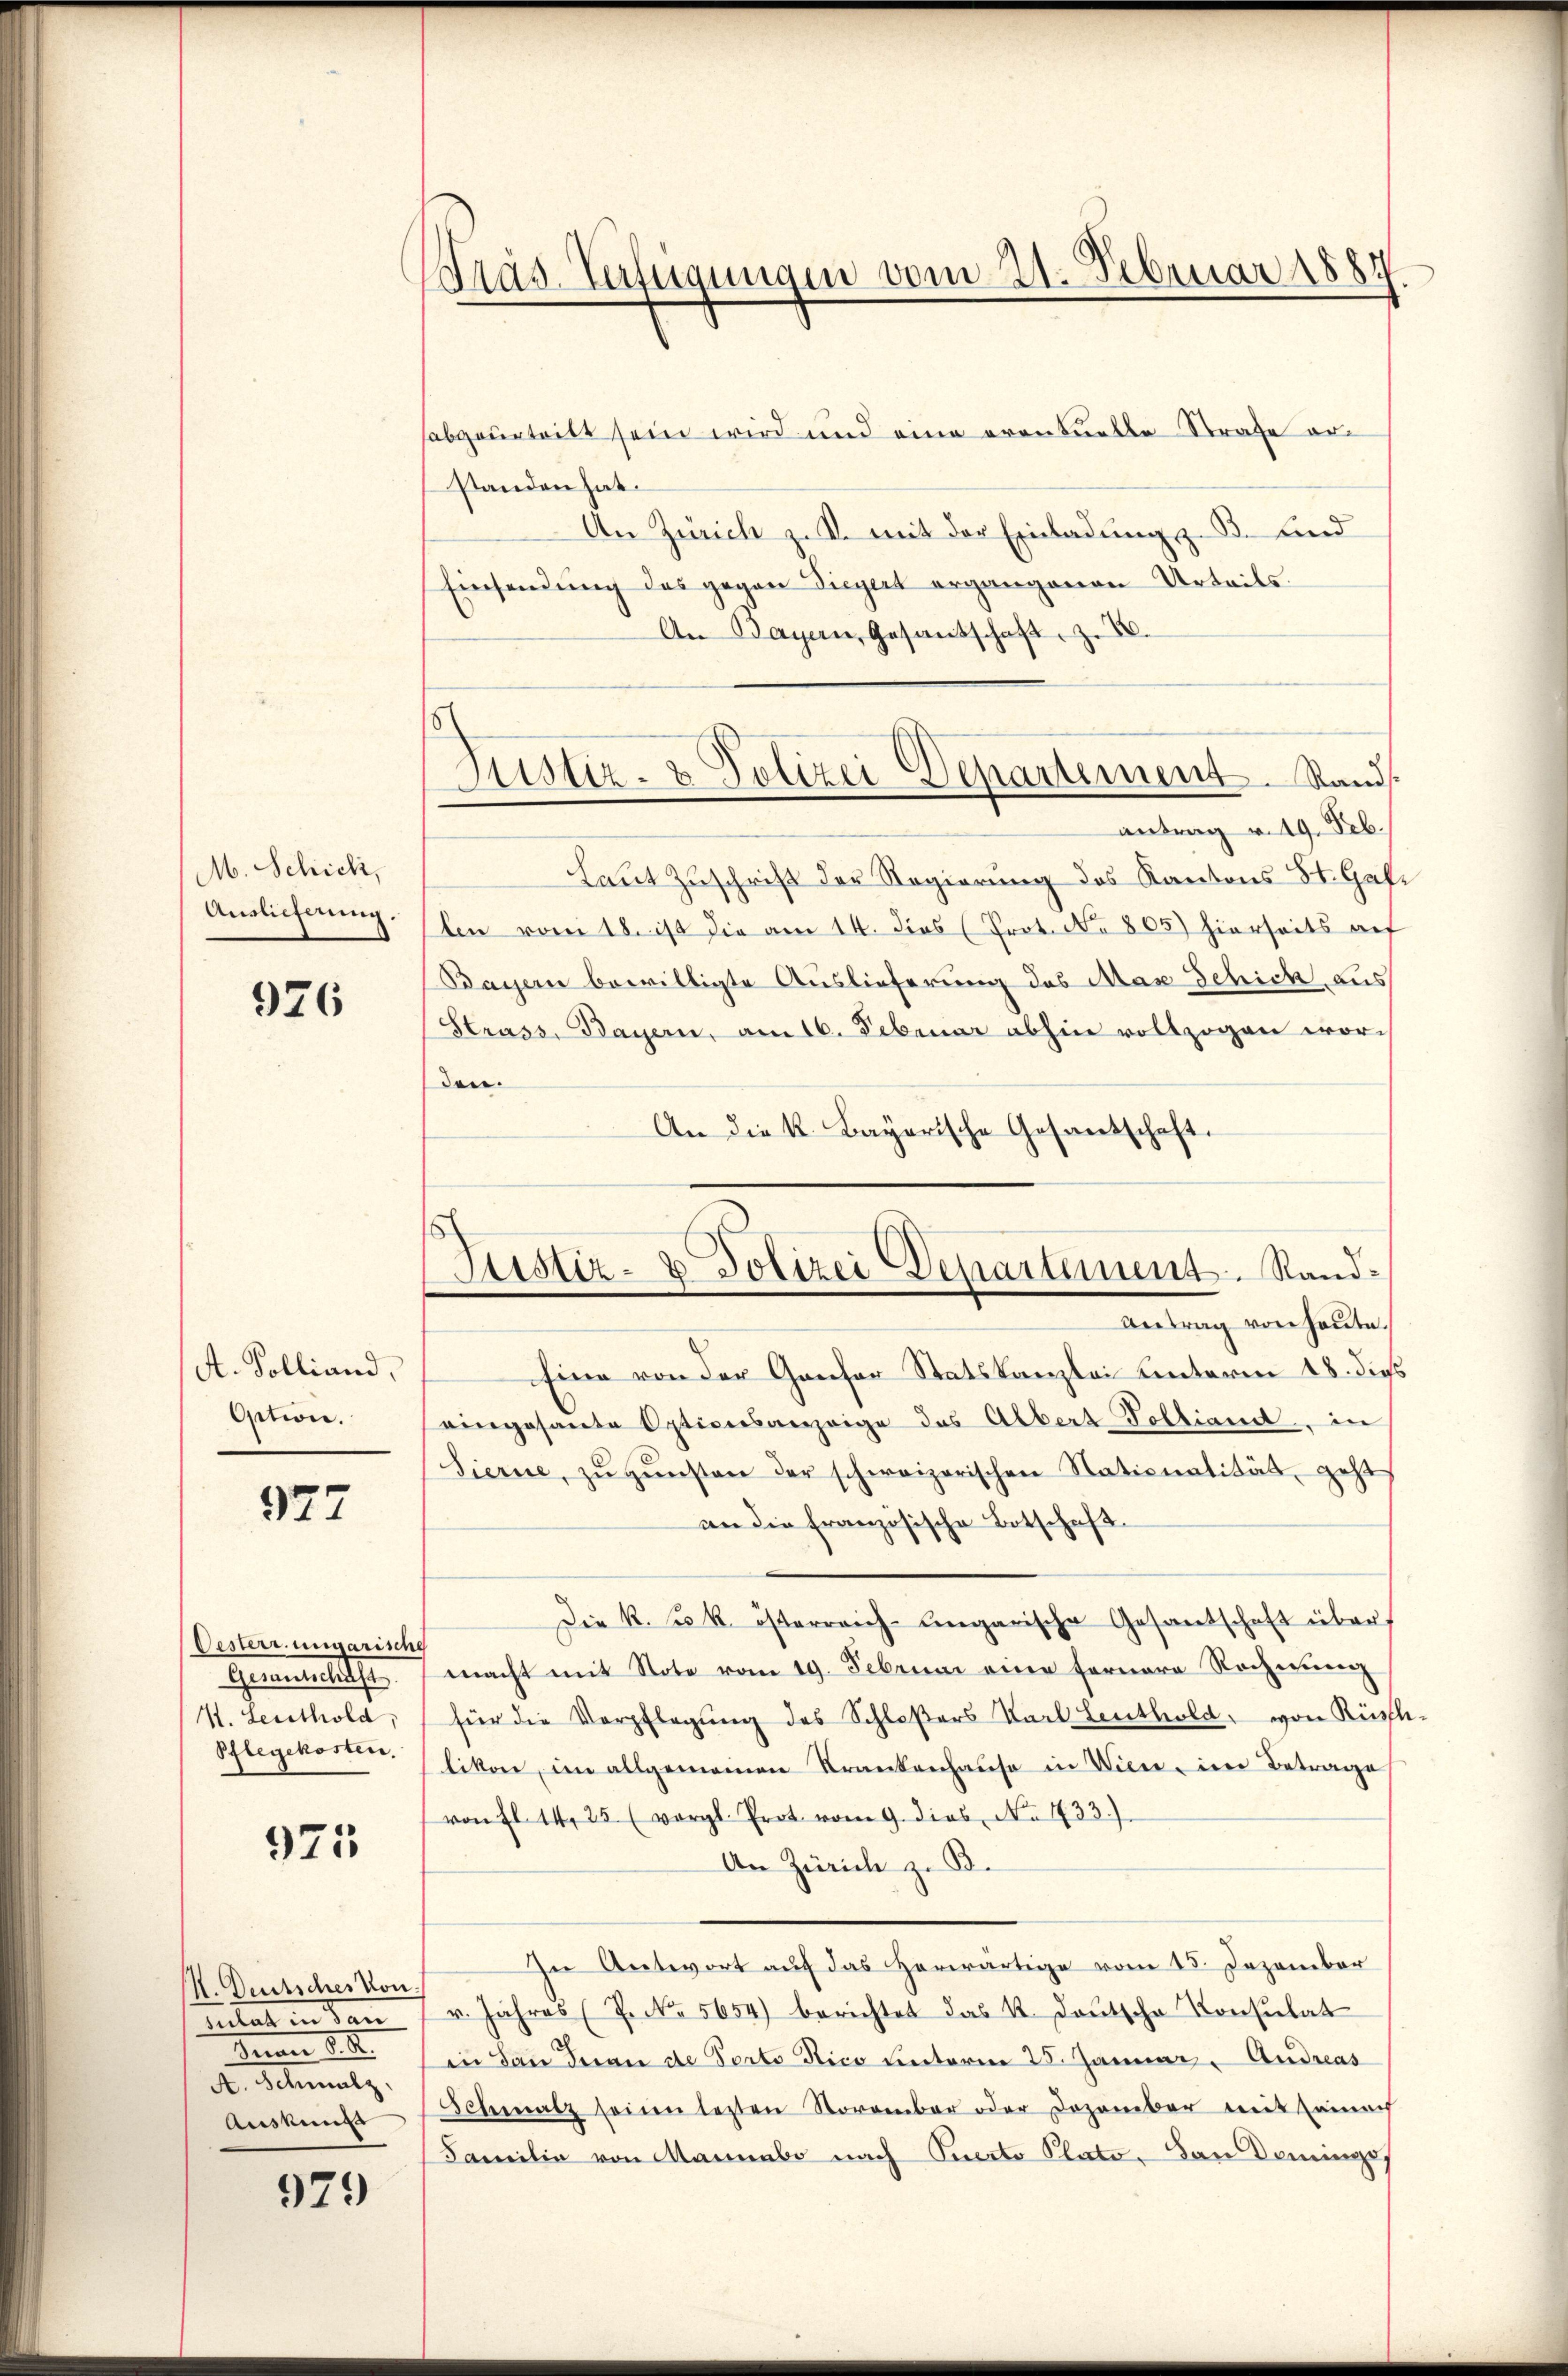
M. Schick,
Auslieferung.

926

A. Polliand,
Option.

977

Oesterr. ungarische
Gemitthe
K. Leuthold,
Pflegekosten.

975

K. Deutsches von
tat.
In 82
A. Schmalz
Auskungs

929

Fras Verfügungen vom 21. Februar 1884

Justiz- & Polizei Departement. Stand.
antrag v. 19. Feb.

Justiz- & Polizei Departement. Sand¬
Antrag von heute.

sabgeurtritt sein wird und eine eventuelle Strafe erstanden hat.
An Zürich z. S. mit der Einladung z. B. Kind
Einsendung des gegen Siegert ergangenen Urteils.
An Bayern, Gesandschaft z. B.
Laut Zuschrift der Regierung des Kantons St. Gal¬
Eben vom 18. ist die am 14. dies (Prot. No 805) hierseits auf
Bayern bewilligte Auslieferung des Mas Schick aus
Strass, Bayern, am 16. Februar abhin vollzogen worden.
An die K. Bayerische Gesantschaft.
Eine von der Genfer Statskanzlei unterm 18. dies
eingesante Opticesanzeige das Albert Tolliand, in
Sierne, zŭ gŭnsten der schweizerischen Nationalität geht
an die französische Botschaft.
Die k. k. österreich-Ungarische Gesandschaft über
macht mit Note vom 19. Februar eine fernere Rechnung
für die Verpflegung des Schloßers Karl Leuthold, von Rüpfl
likon, im allgemeinen Krankenhause in Wien, in Betrage
von fl. 14, 25 (vergl. Prot. vom 9. dies, No. 433.)
An Zürich z. B.
In Antwort auf das herwärtige vom 15. Dezember
u. Jahres (Z. No. 5654) berichtet das K. Deutsche Konsulat
in dan Dran de Porto Nico unterm 25. Januar. Andreas
Schmalz seinen lezten Storambar oder Dozenbar mit seinach
Familie von Mannabe nach Querto Plato. Dan Dominges